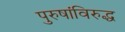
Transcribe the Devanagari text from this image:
पुरुषांविरुद्ध